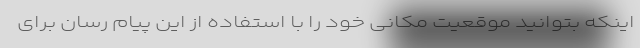
اینکه بتوانید موقعیت مکانی خود را با استفاده از این پیام رسان برای